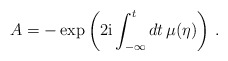
\begin{align*}A =-\exp \left(2{\rm i}\int_{-\infty }^t dt \,\mu (\eta)\right)\,.\end{align*}